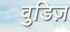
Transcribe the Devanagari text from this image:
वुडिज़